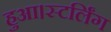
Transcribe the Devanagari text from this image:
हुआ।स्टर्लिंग